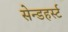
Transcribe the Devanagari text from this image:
सेन्डहर्स्ट